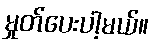
မှုတ်ပေးပါ့မယ်။